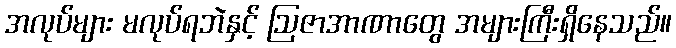
အလုပ်များ မလုပ်ရဘဲနှင့် ဩဇာအာဏာတွေ အများကြီးရှိနေသည်။